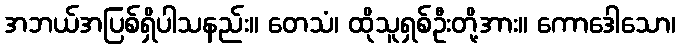
အဘယ်အပြစ်ရှိပါသနည်း။ တေသံ၊ ထိုသူရှစ်ဦးတို့အား။ ကောဒေါသော၊